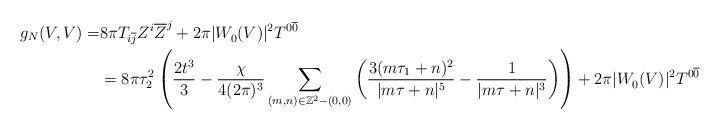
LaTeX: \begin{align*}g_{N}(V,V)=&8\pi T_{i\overline{j}}Z^i\overline{Z}^j+2\pi|W_0^{}(V)|^2T^{0\overline{0}}\,\\&=8\pi \tau_2^2\left(\frac{2t^3}{3} -\frac{\chi}{4(2\pi)^3}\sum_{(m,n)\in \mathbb{Z}^2-(0,0)}\left(\frac{3(m\tau_1+n)^2}{|m\tau+n|^5}-\frac{1}{|m\tau+n|^3}\right)\right)+2\pi|W_0^{}(V)|^2T^{0\overline{0}}\end{align*}